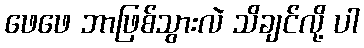
ဖေဖေ ဘာဖြစ်သွားလဲ သိချင်လို့ ပါ